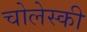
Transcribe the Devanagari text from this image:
चोलेस्की